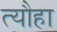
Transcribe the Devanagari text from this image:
त्यौहा